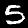
Label: 5